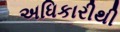
અધિકારીથી